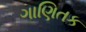
ગાણિતક